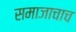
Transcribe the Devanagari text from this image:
समाजाचाच